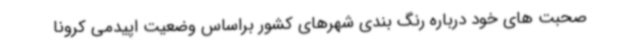
صحبت های خود درباره رنگ بندی شهرهای کشور براساس وضعیت اپیدمی کرونا